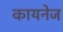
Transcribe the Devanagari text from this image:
कायनेज